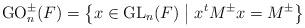
LaTeX: \begin{align*}\operatorname{G O}_n^{\pm}(F)=\left\{ x \in \operatorname{GL}_n(F) \bigm\vert x^t M^{\pm} x= M^{\pm} \right\}\end{align*}